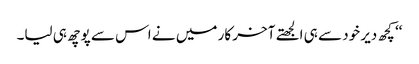
‘‘ کچھ دیر خود سے ہی الجھتے آخر کار میں نے اس سے پوچھ ہی لیا۔